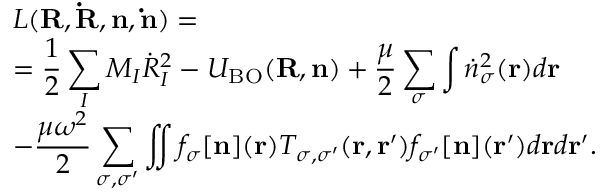
\begin{array} { l } { { \displaystyle { \cal L } ( { \bf R } , { \bf { \dot { R } } } , { \bf n } , { \bf \dot { n } } ) = } \ ~ } \\ { { \displaystyle = \frac { 1 } { 2 } \sum _ { I } M _ { I } { \dot { R } } _ { I } ^ { 2 } - { \cal U } _ { \mathrm { B O } } ( { \bf R } , { \bf n } ) + \frac { \mu } { 2 } \sum _ { \sigma } \int { \dot { n } _ { \sigma } } ^ { 2 } ( { \bf r } ) d { \bf r } } \ ~ } \\ { { \displaystyle - \frac { \mu \omega ^ { 2 } } { 2 } \sum _ { \sigma , \sigma ^ { \prime } } \iint f _ { \sigma } [ { \bf n } ] ( { \bf r } ) T _ { \sigma , \sigma ^ { \prime } } ( { \bf r } , { \bf r ^ { \prime } } ) f _ { \sigma ^ { \prime } } [ { \bf n } ] ( { \bf r ^ { \prime } } ) d { \bf r } d { \bf r ^ { \prime } } } . } \end{array}